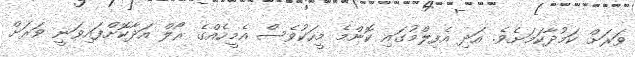
ވަރަށް ކަމުދާކަމަށެވެ. އަދި އެފިލްމުގައި ކޮންމެ މީހަކުވެސް އެމީހެއްގެ ރޯލް އަދާކޮށްފައިވަނީ ވަރަށް